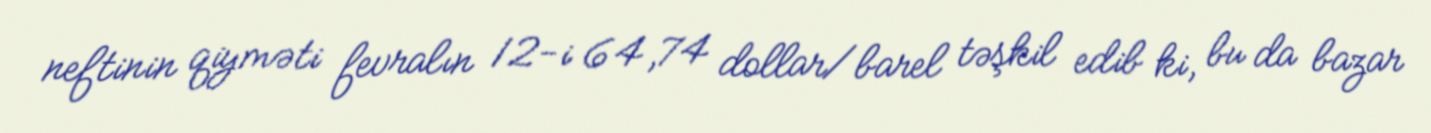
neftinin qiyməti fevralın 12-i 64,74 dollar/barel təşkil edib ki, bu da bazar